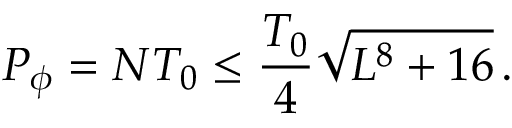
P _ { \phi } = N T _ { 0 } \leq \frac { T _ { 0 } } { 4 } \sqrt { L ^ { 8 } + 1 6 } \, .